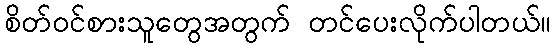
စိတ်ဝင်စားသူတွေအတွက် တင်ပေးလိုက်ပါတယ်။